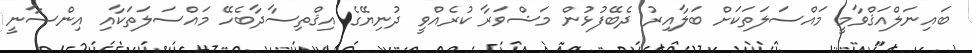
ބައިނަލްއަޤްވާމީ މައްސަލަތަކަށް ބަލާއިރު ދެބޭފުޅުން މަޝްވަރާ ކުރެއްވީ ދުނިޔޭގެ އިޤްތިސާދާބެހޭ މައްސަލަތަކާއި އިންސާނީ